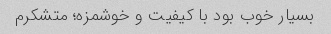
بسیار خوب بود با کیفیت و خوشمزه؛ متشکرم